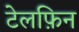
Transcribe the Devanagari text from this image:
टेलफ़िन